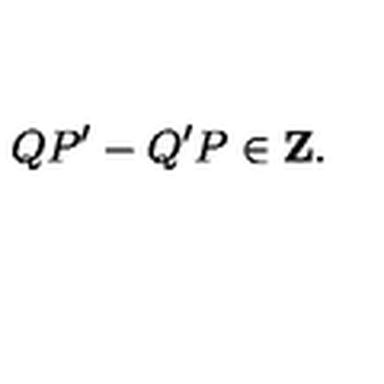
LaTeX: Q P ^ { \prime } - Q ^ { \prime } P \in { \bf Z } .